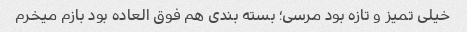
خیلی تمیز و تازه بود مرسی؛ بسته بندی هم فوق العاده بود بازم میخرم